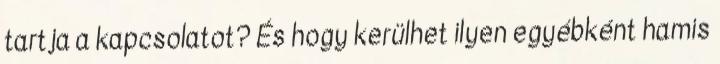
tartja a kapcsolatot? És hogy kerülhet ilyen egyébként hamis